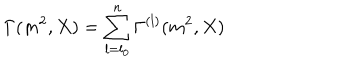
LaTeX: \Gamma ( m ^ { 2 } , X ) = \sum _ { l = l _ { 0 } } ^ { n } \Gamma ^ { ( l ) } ( m ^ { 2 } , X )